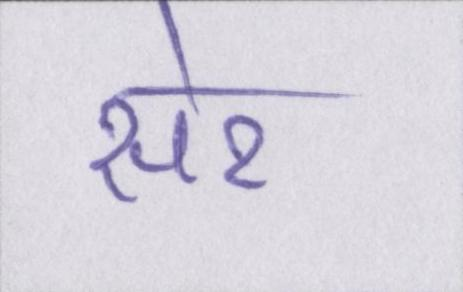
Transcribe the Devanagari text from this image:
सेर